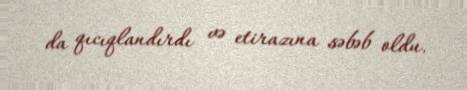
da qıcıqlandırdı və etirazına səbəb oldu.